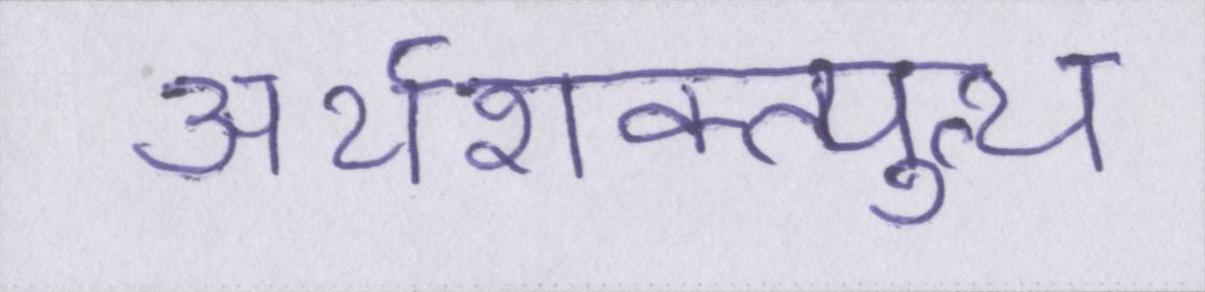
अर्थशक्त्युत्थ